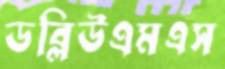
ডব্লিউএমএস